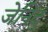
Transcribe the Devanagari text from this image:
जेनिदु